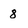
Character: 8